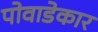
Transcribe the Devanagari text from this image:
पोवाडेकार